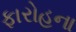
ફારોહના